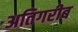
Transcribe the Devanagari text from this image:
अतिगरीब